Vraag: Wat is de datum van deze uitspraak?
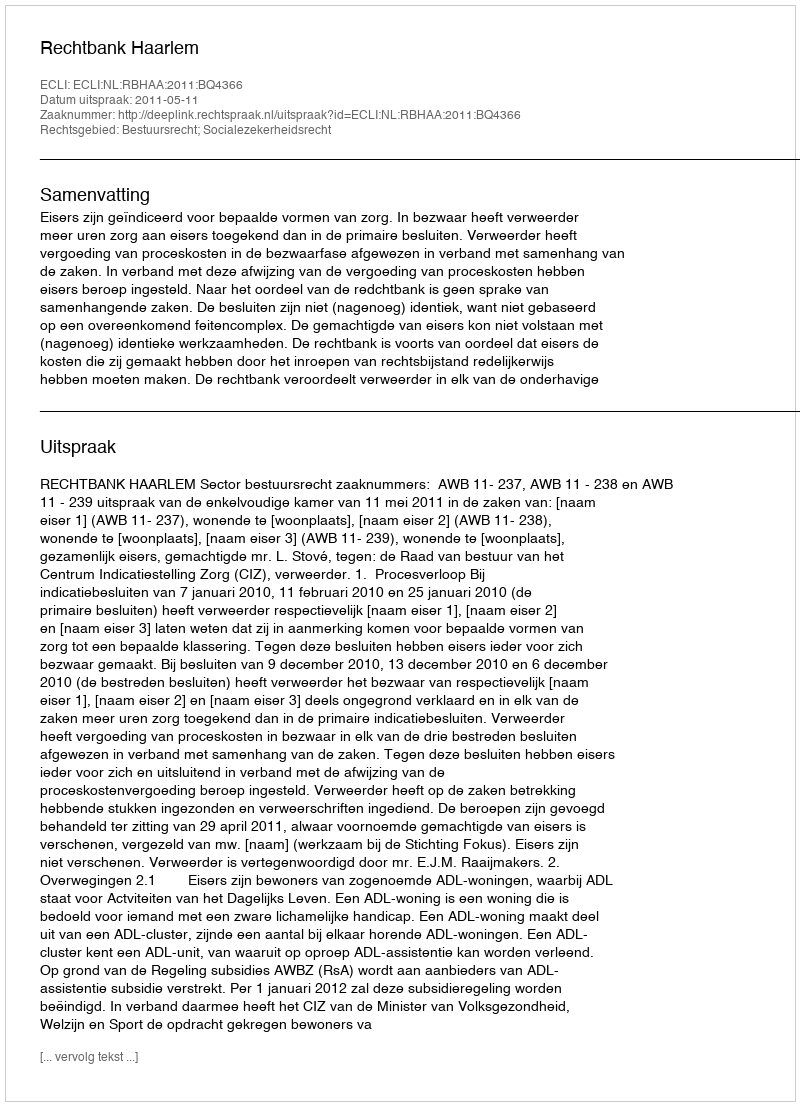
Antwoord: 2011-05-11